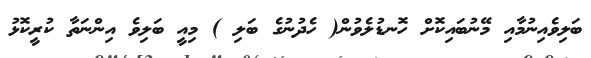
ބަލިވެއިނުމާއި މޭނުބައިކޮށް ހޮނޑުލެވުން( ހެދުނުގެ ބަލި ) މިއީ ބަލިވެ އިންނަތާ ކުރީކޮޅު